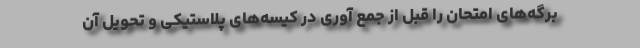
برگه‌های امتحان را قبل از جمع آوری در کیسه‌های پلاستیکی و تحویل آن